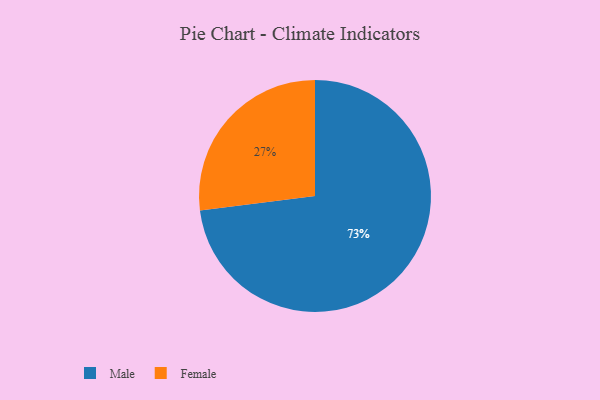
{"axis": {"x": "Category", "y": "Percentage"}, "legend": ["Female", "Male"], "data": [{"x": "Female", "y": 27, "type": "Female"}, {"x": "Male", "y": 73, "type": "Male"}]}